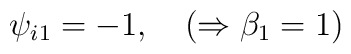
\psi _{i1}=-1,\quad (\Rightarrow \beta _1=1)